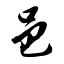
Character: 邑